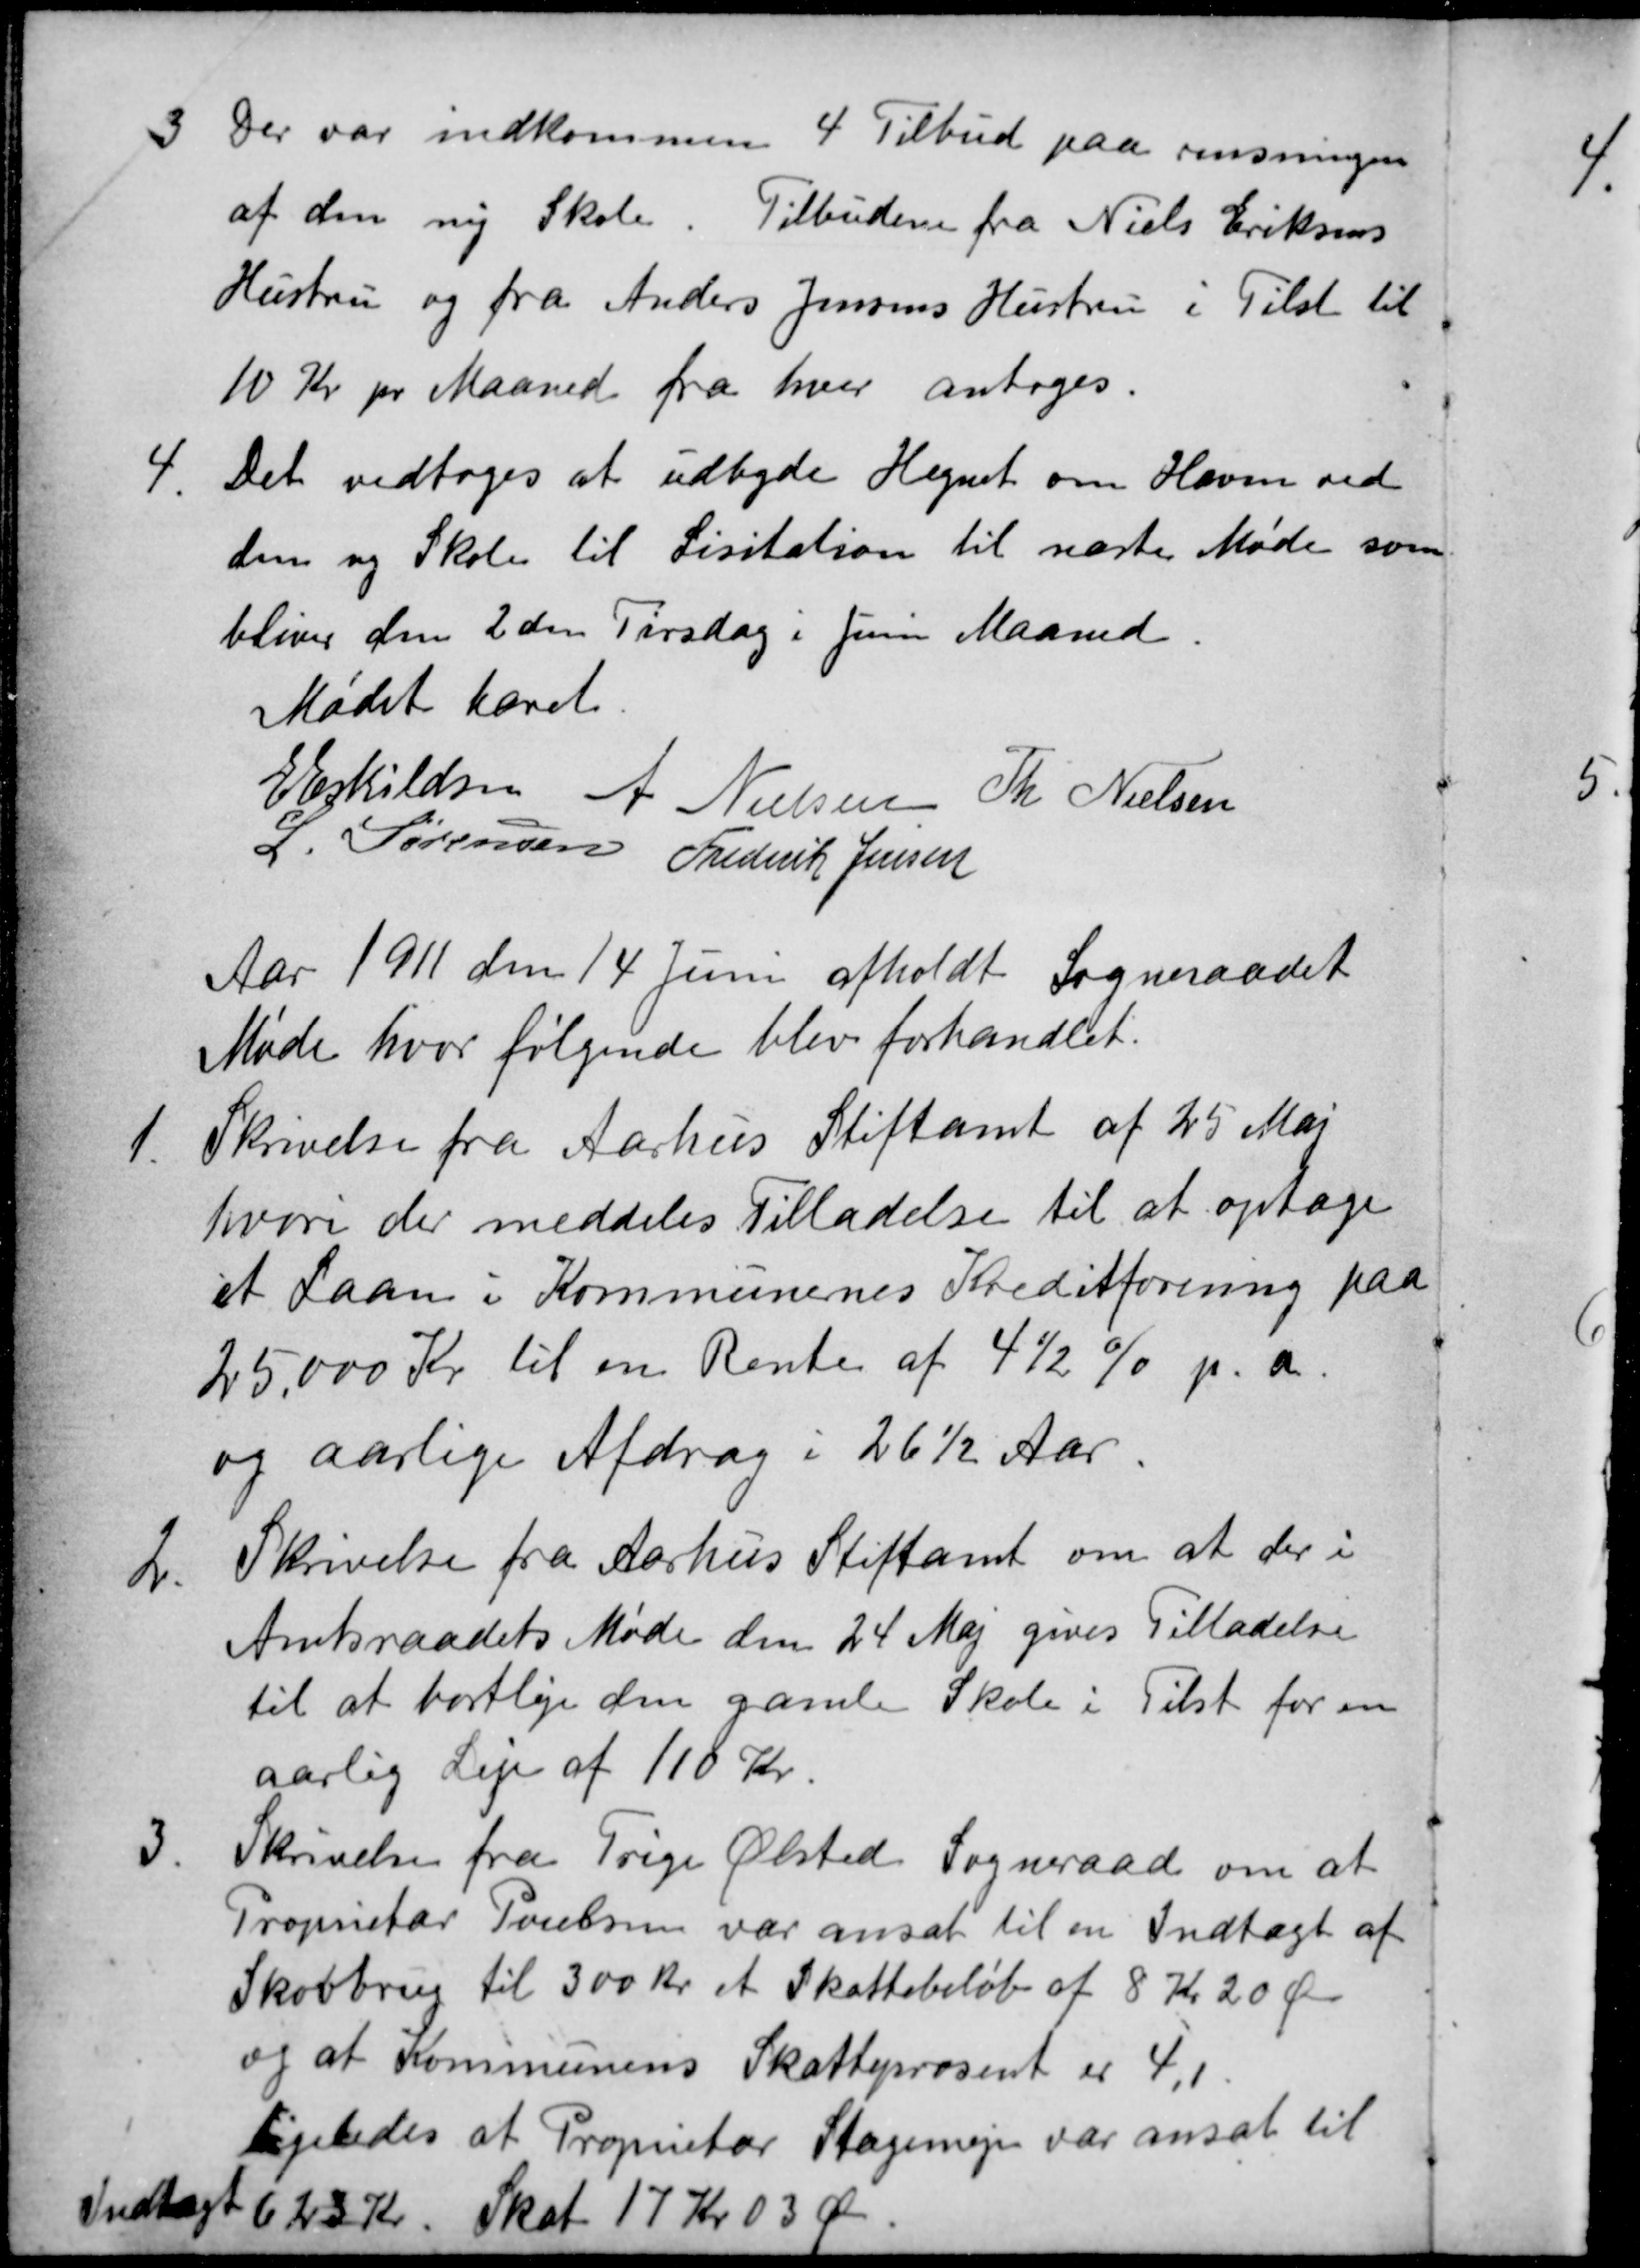
Transskription:
3
Der var indkommen 4 Tilbud paa rensningen
af den ny Skole. Tilbudene fra Niels Eriksens
Hustru og fra Anders Jensens Hustru i Tilst til
10 Kr pr Maaned fra hver antoges.
4
Det vedtoges at udbyde Hegnet om Haven ved
den ny Skole til Lisitation til næste Møde som
bliver den 2 den Tirsdag i Juni Maaned.
Mødet hævet
E Eskildsen
A Nielsen
Th Nielsen
L. Sørensen
Frederik Jensen
Aar 1911 den 14 Juni afholdt Sogneraadet
Møde hvor følgende blev forhandlet.
1.
Skrivelse fra Aarhus Stiftamt af 25 Maj
hvori der meddeles Tilladelse til at optage
et Laan i Kommunernes Kreditforening paa
25.000 Kr til en Rente af 4½ % p.a.
og aarlige Afdrag i 26½ Aar.
2.
Skrivelse fra Aarhus Stiftamt om at der i
Amtsraadets Møde den 24 Maj gives Tilladelse
til at bortleje den gamle Skole i Tilst for en
aarlig Leje af 110 Kr.
3.
Skrivelse fra Trige Ølsted Sogneraad om at
Proprietær Poulsen var ansat til en Indtægt af
Skovbrug til 300 Kr et Skattebeløb af 8 Kr 20 Øre
og at Kommunens Skatteprosent er 4,1.
ligeledes at Proprietær Stagemejer var ansat til
Indtægt 623 Kr. Skat 17 Kr 03 Ør